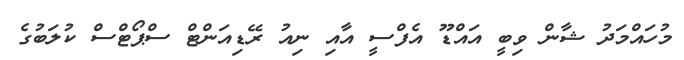
މުހައްމަދު ޝާން ވިބީ އައްޑޫ އެފްސީ އާއި ނިއު ރޭޑިއަންޓް ސްޕޯޓްސް ކުލަބުގެ